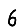
Digit: 6